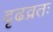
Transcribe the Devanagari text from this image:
दृढव्रतः